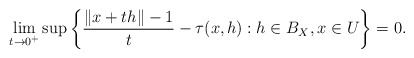
\begin{align*} \lim_{t \rightarrow 0^+} \sup \left\{ \frac{\|x+th\| - 1}{t} - \tau(x, h): h \in B_X, x \in U \right\} = 0.\end{align*}